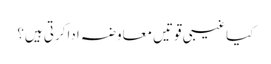
کیاغیبی قوتیں معاوضہ اداکرتی ہیں؟